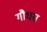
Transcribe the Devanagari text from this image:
गौधस